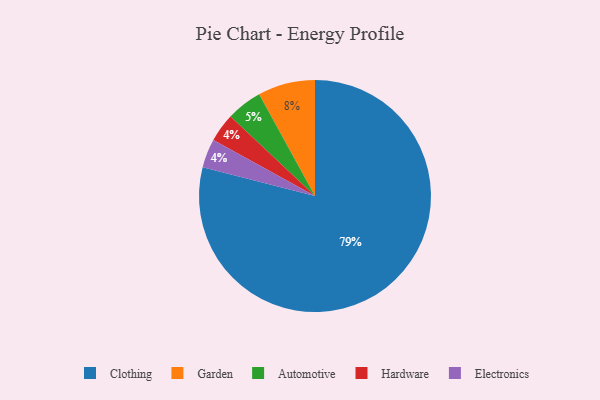
{"axis": {"x": "Category", "y": "Percentage"}, "legend": ["Automotive", "Clothing", "Electronics", "Garden", "Hardware"], "data": [{"x": "Garden", "y": 8, "type": "Garden"}, {"x": "Hardware", "y": 4, "type": "Hardware"}, {"x": "Electronics", "y": 4, "type": "Electronics"}, {"x": "Automotive", "y": 5, "type": "Automotive"}, {"x": "Clothing", "y": 79, "type": "Clothing"}]}